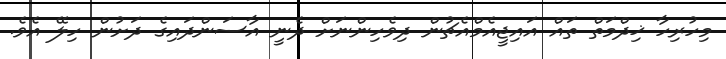
މިހުރިހާ ޚިދްމަތް ތައް އައިޖީއެމްއެޗުން ދިވެހިންނަށް ދެނީ އާސަންދައިގެ ދަށުން ހިލޭ އެވެ.